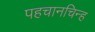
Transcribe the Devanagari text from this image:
पहचानचिन्ह